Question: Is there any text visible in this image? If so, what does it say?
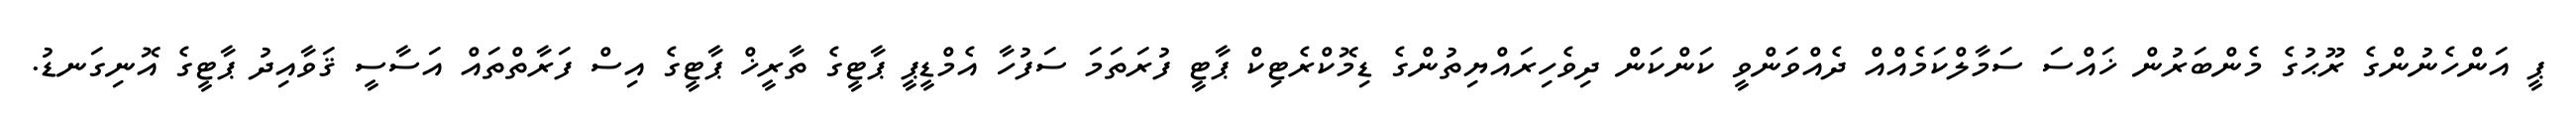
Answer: ޕީ އަންހެނުންގެ ރޫޙުގެ މެންބަރުން ޚައްސަ ސަމާލްކަމެއްއް ދެއްވަންވީ ކަންކަން ދިވެހިރައްޔިތުންގެ ޑިމޮކްރެޓިކް ޕާޓީ ފުރަތަމަ ސަފުހާ އެމްޑީޕީ ޕާޓީގެ ތާރީޚް ޕާޓީގެ އިސް ފަރާތްތައް އަސާސީ ޤަވާއިދު ޕާޓީގެ އޮނިގަނޑު.